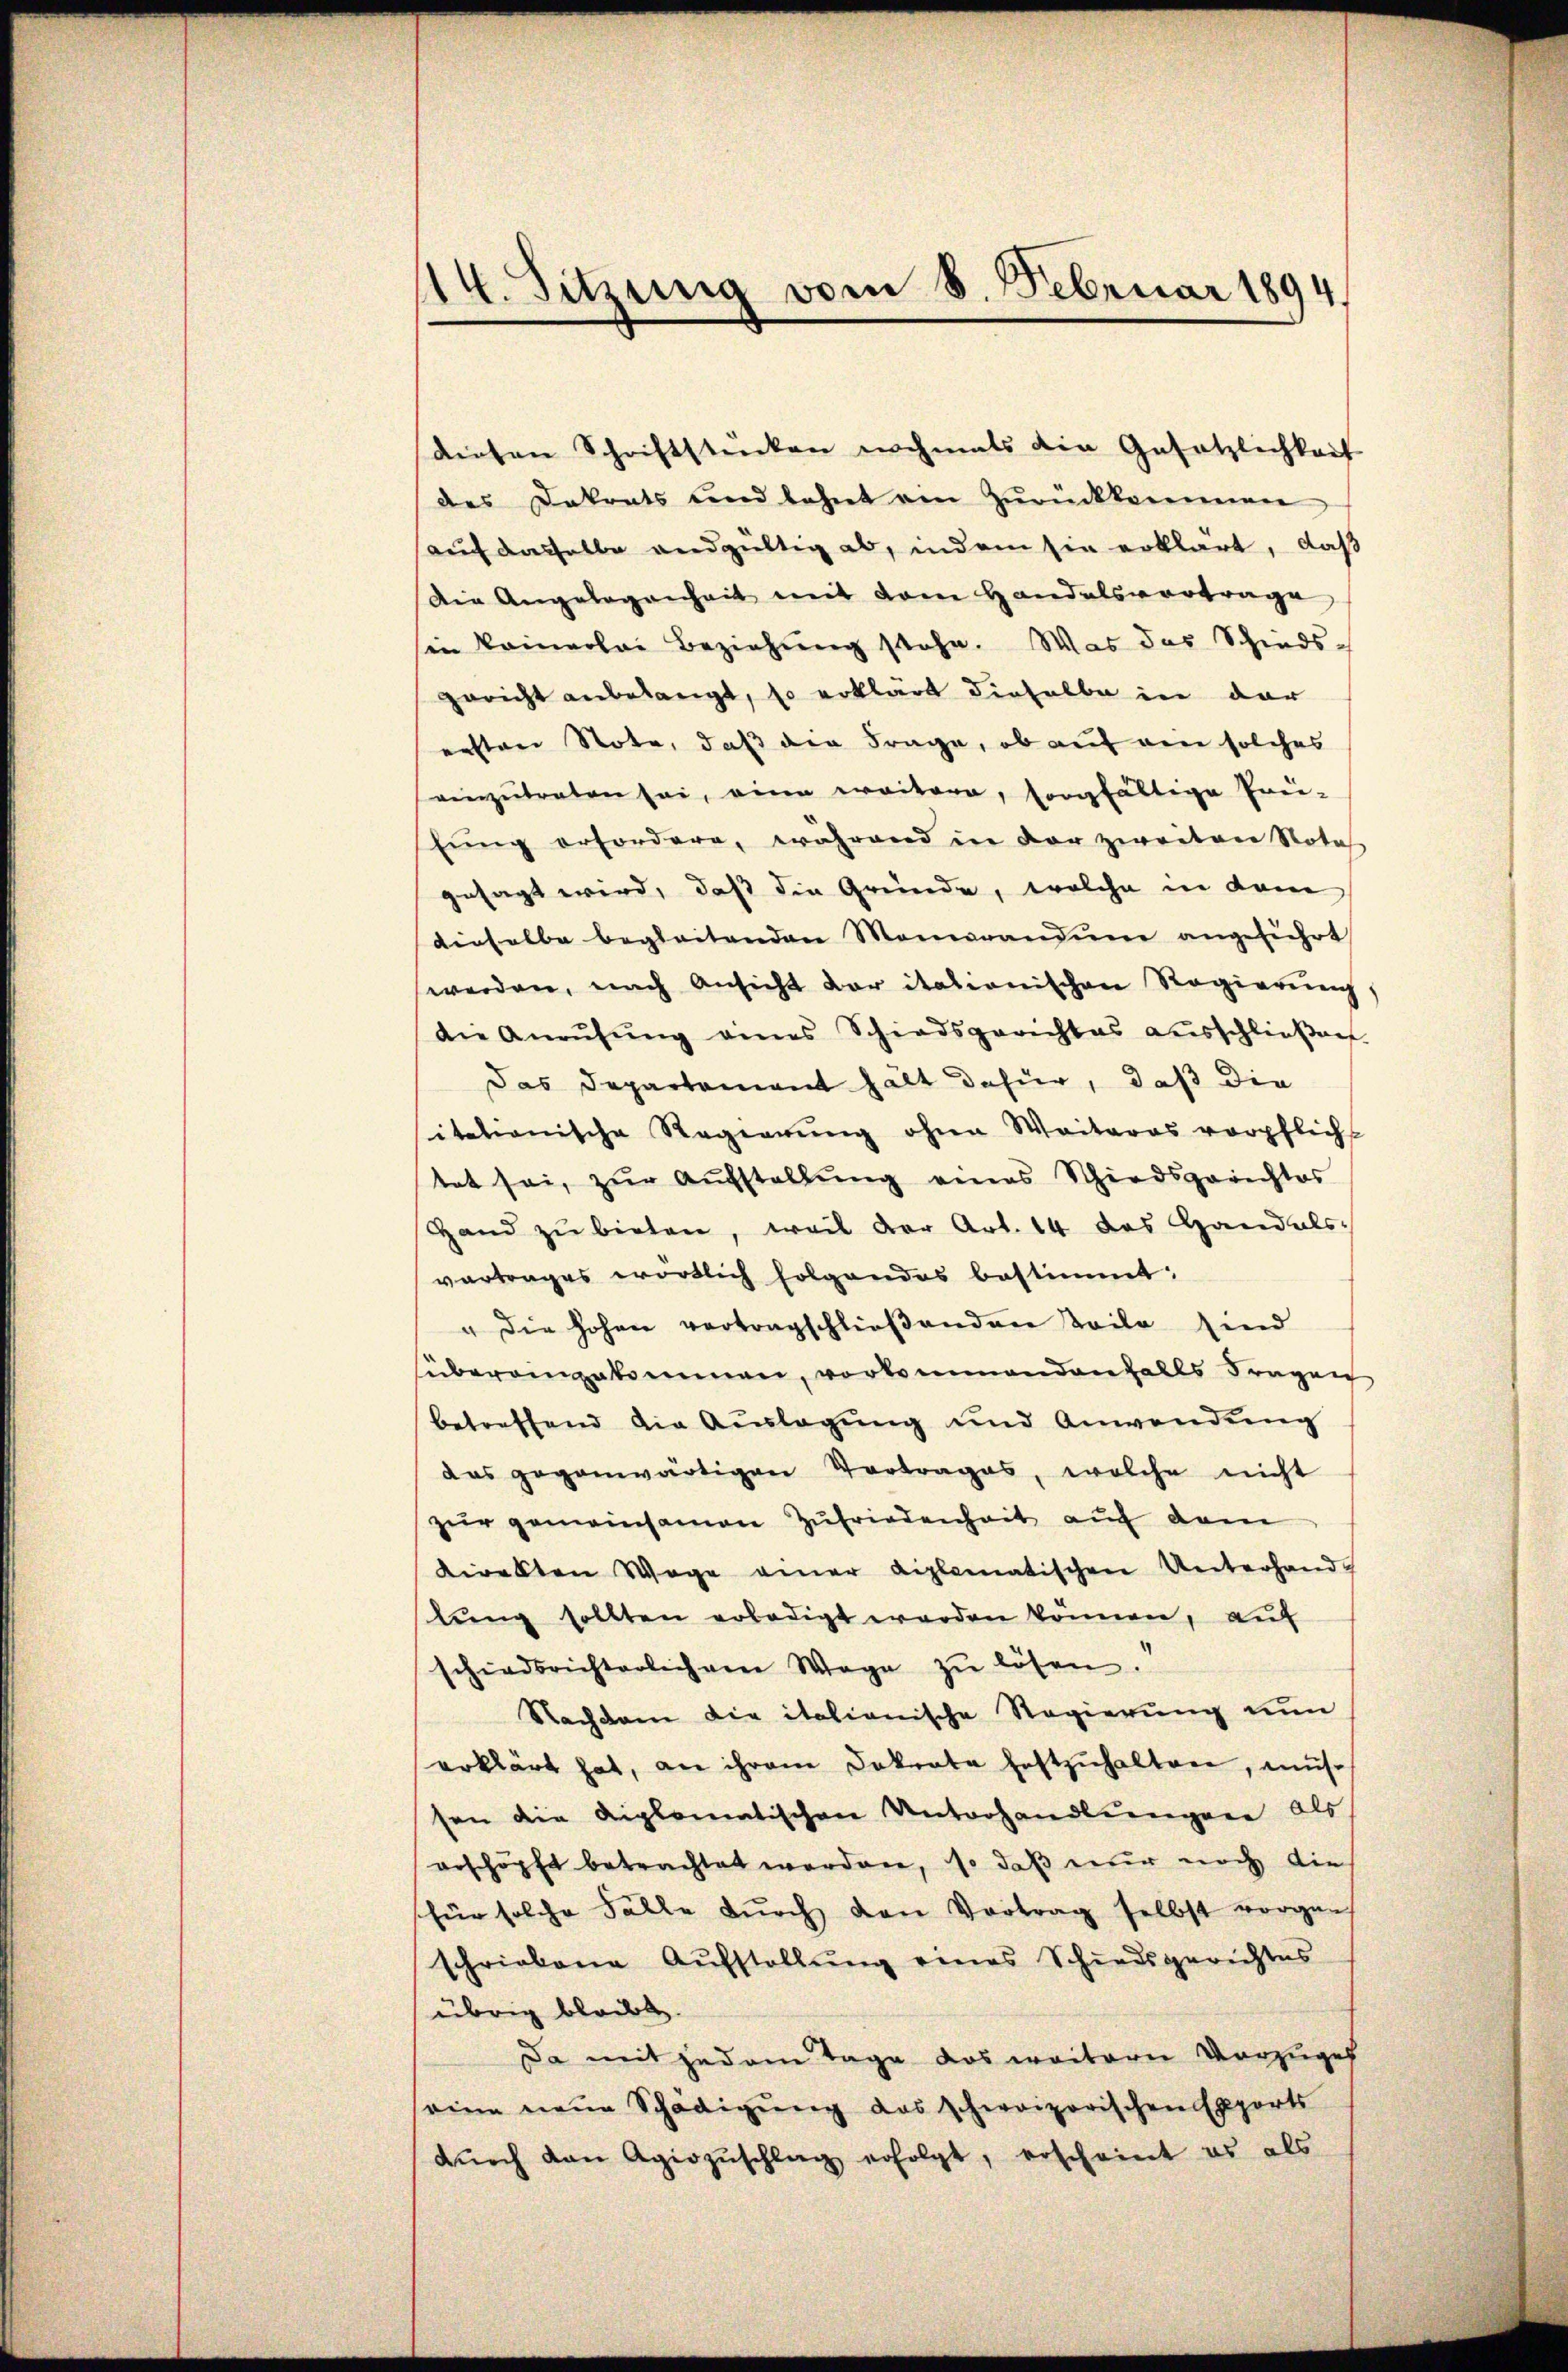
114. Sitzung vom 8. Februar 1894.

dirten Schriftstücken nochmals die Gesetzlichkeit
des Dekrets und lehnt am Zŭrückkommen
auch dasselbe andgültig ab, indem sie erklärt, daß
Die Angelegenheit mit dem Handelsvortrage
sin keinerlei Beziehŭng stehe. Was das Schieds-
gericht anbelangt, so erklärt dieselbe in dar
ersten Note, daß die Frage, ob auf ein solches
einzŭtreten sei, eine weitere, sorgfältige Prei-
fung erfordere, während in der zweiten Nota
gesagt wird, daß die Gründe, welche in dem
dieselbe begleitenden Momerandine angeführt
werden, nach Ansicht der itationischen Regierung
die Anrufung eines Schiedsgerichtes ausschlieβen
Das Departement hält dafür, daß die
sitationische Regierŭng ohne Weiteres verpflicht
tet sei, zŭr Aŭfstellung eines Schiedsgerichtes
Hand zŭ bieten, weil der Art. 14 des Handals.
vertrages wörtlich folgendes bestimmt;
" die hohen vertragschließenden Teilo sind
sübereingekommen, vorkommendenfalls Fragen
betreffend die Aŭslagŭng und Anwendŭng
das gegenwärtigen Vortrages, welche nicht
zur gemeinsamen Zufriedenheit auf dem
direkten Wege einer diplomatischen Unterhandlŭng sollten erledigt werden können, auf
schiedsrichterlichen Wege zŭ lösen.
Nachdem die italionische Regierung nun
erklärt hat, an ihrem Dokrate festzŭhalten, müs
sen die diplomatischen Unterhandlungen als
erschöpft betrachtet worden, so daß nur noch die
für solche Fälle dŭrch den Vortrag selbst vorgan
schriebene Aŭfstellŭng eines Schiedsgerichtes
übrig bleibt.
Da mit jedem Tage das weitern Vorzuges
eine neue Schädigung das schweizerischen Exports
dŭrch den Agiozŭschlag erfolgt, erscheint es als